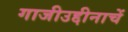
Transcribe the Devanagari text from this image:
गाजीउद्दीनाचें